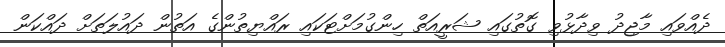
ދެއްވައި މާޖިދު ވިދާޅުވި ގޮތުގައި ޝަރީއަތް ހިންގުމަށްޓަކައި ރައްޔިތުންގެ އަތުން ދައުލަތަށް ދައްކަން